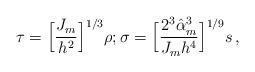
LaTeX: \begin{align*} \tau = \Big[\frac{J_m}{h^2}\Big]^{1/3}\rho ; \sigma= \Big[\frac{2^3 \hat \alpha_m^3 }{J_mh^4}\Big]^{1/9}s\,,\end{align*}